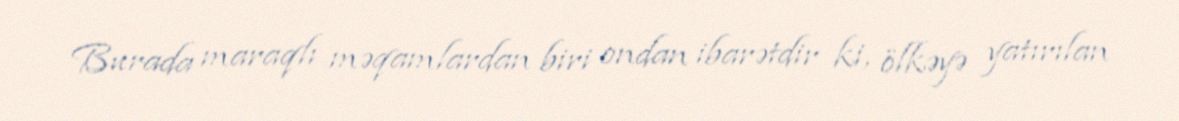
Burada maraqlı məqamlardan biri ondan ibarətdir ki, ölkəyə yatırılan